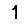
Digit: 1